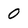
Character: o